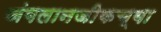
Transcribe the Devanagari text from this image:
जंगलानजीकच्या